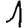
Digit: 1